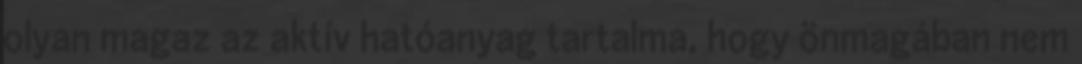
olyan magaz az aktív hatóanyag tartalma, hogy önmagában nem